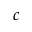
c